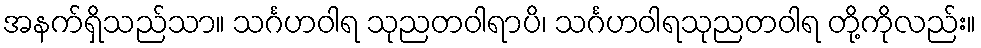
အနက်ရှိသည်သာ။ သင်္ဂဟဝါရ သုညတဝါရာပိ၊ သင်္ဂဟဝါရသုညတဝါရ တို့ကိုလည်း။